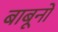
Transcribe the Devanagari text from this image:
बाबूनों